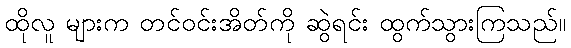
ထိုလူ များက တင်ဝင်းအိတ်ကို ဆွဲရင်း ထွက်သွားကြသည်။